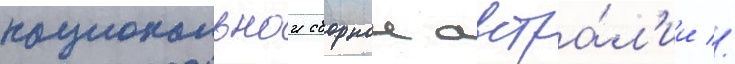
национальнои сборнои австра́л'ии //